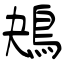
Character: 鴂